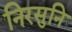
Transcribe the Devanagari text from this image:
निरसुनि